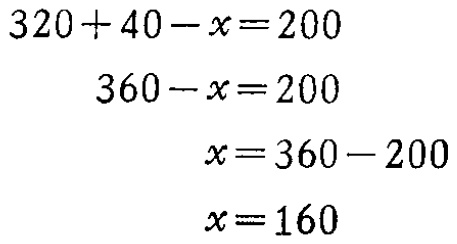
\[

\begin{align*}

320 + 40 - x&=200\\

360 - x&=200\\

x&=360 - 200\\

x&=160

\end{align*}

\]